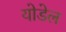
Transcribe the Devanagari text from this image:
योडेल